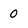
Character: 0